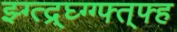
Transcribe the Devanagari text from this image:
झ्ग्त्द्र्घ्ग्ग्फ्त्फ्ह